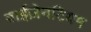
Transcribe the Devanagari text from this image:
बाईज़ेनटियम